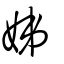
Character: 娣